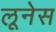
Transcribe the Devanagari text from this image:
लूनेस